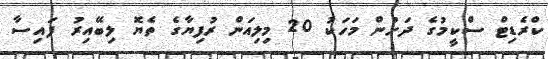
ކްރެޑިޓް ސްކީމުގެ ދަށުން މަހަކު 20 މިލިއަން ރުފިޔާގެ ތެޔޮ ލިބޭއިރު ފައިސާ